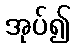
အုပ်၍